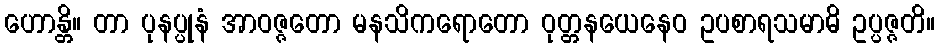
ဟောန္တိ။ တာ ပုနပ္ပုနံ အာဝဇ္ဇတော မနသိကရောတော ဝုတ္တနယေနေဝ ဥပစာရသမာဓိ ဥပ္ပဇ္ဇတိ။